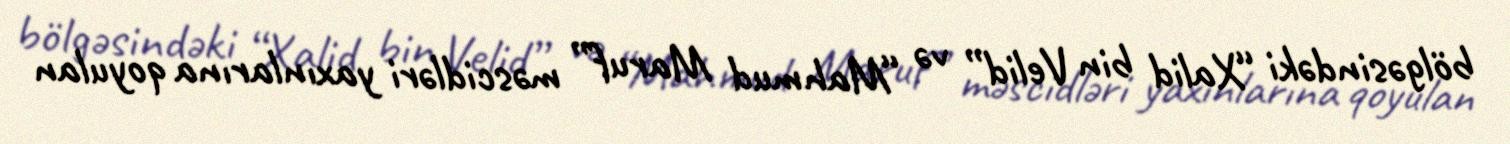
bölgəsindəki “Xalid bin Velid” və “Mahmud Maruf” məscidləri yaxınlarına qoyulan